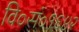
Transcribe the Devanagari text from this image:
वि०सं०१६४२